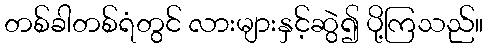
တစ်ခါတစ်ရံတွင် လားများနှင့်ဆွဲ၍ ပို့ကြသည်။